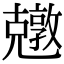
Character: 𠓎